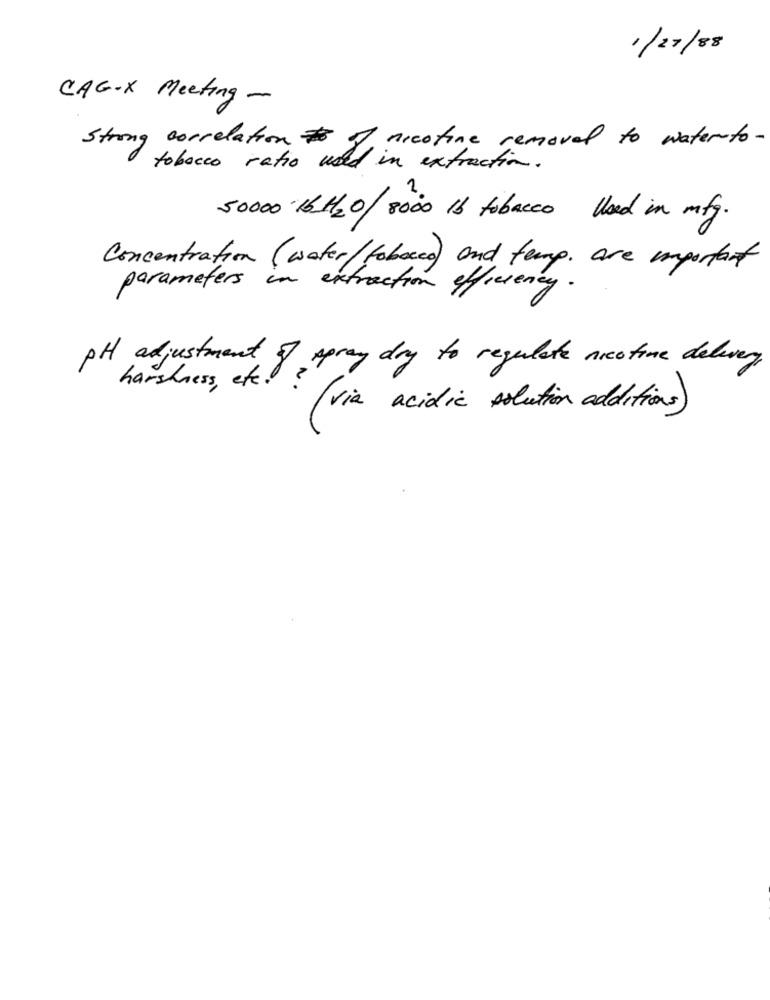
1/27/88
CAG-X Meeting -
nicotine removal to water to .
Strong correlation # 8
tobacco ratio used in extraction.
50000 16H2O/ 8000 Ib tobacco Used in mfg.
Concentration (water/tobacco) and temp. are important
parameters in extraction efficiency.
PH adjustment
8 spray dry to regulate nicotine delivery
harshness , etc.
( via acidic solution additions)